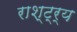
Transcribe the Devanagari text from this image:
राश्ट्र्य